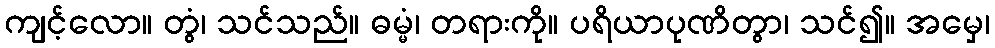
ကျင့်လော။ တွံ၊ သင်သည်။ ဓမ္မံ၊ တရားကို။ ပရိယာပုဏိတွာ၊ သင်၍။ အမှေ၊